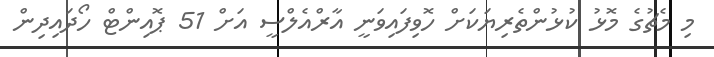
މި މެޗުގެ މޮޅު ކުޅުންތެރިޔަކަށް ހޮވިފައިވަނީ އާރްއެލްސީ އަށް 51 ޕޮއިންޓް ހޯދައިދިން